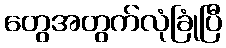
တွေအတွက်လုံခြုံပြီ